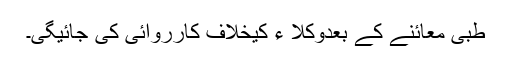
طبی معائنے کے بعدوکلا ء کیخلاف کارروائی کی جائیگی۔